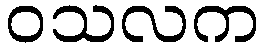
ဝသလက